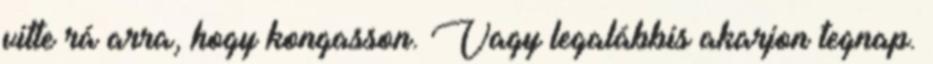
vitte rá arra, hogy kongasson. Vagy legalábbis akarjon tegnap.